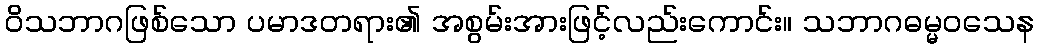
ဝိသဘာဂဖြစ်သော ပမာဒတရား၏ အစွမ်းအားဖြင့်လည်းကောင်း။ သဘာဂဓမ္မဝသေန